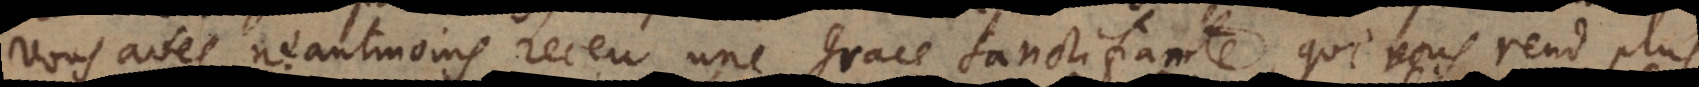
vous avés neantmoins receu une grace sanctifiante, qui vous rend plus